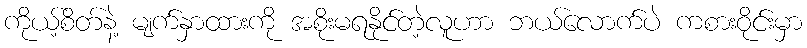
ကိုယ့်စိတ်နဲ့ မျက်နှာထားကို အစိုးမရနိုင်တဲ့လူဟာ ဘယ်လောက်ပဲ ကစားဝိုင်းမှာ